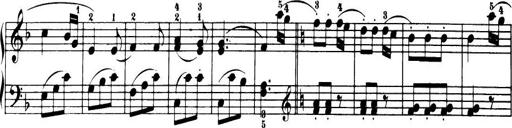
Title: 32 Sonatinas and Rondos for the Piano
Composer: Richard Kleinmichel